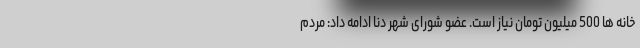
خانه ها 500 میلیون تومان نیاز است. عضو شورای شهر دنا ادامه داد: مردم